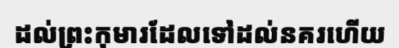
ដល់ព្រះកុមារដែលទៅដល់នគរហើយ